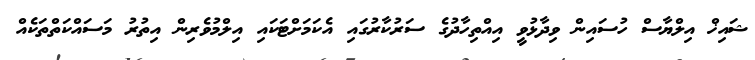
ޝައިޚް އިލްޔާސް ހުސައިން ވިދާޅުވީ އިއްތިހާދުގެ ސަރުކާރުގައި އެކަމަށްޓަކައި އިލްމުވެރިން އިތުރު މަސައްކަތްތަކެއް